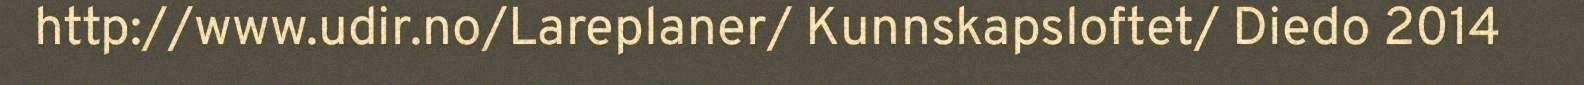
http://www.udir.no/Lareplaner/ Kunnskapsloftet/ Diedo 2014